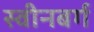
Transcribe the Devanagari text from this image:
स्वीनबर्ग